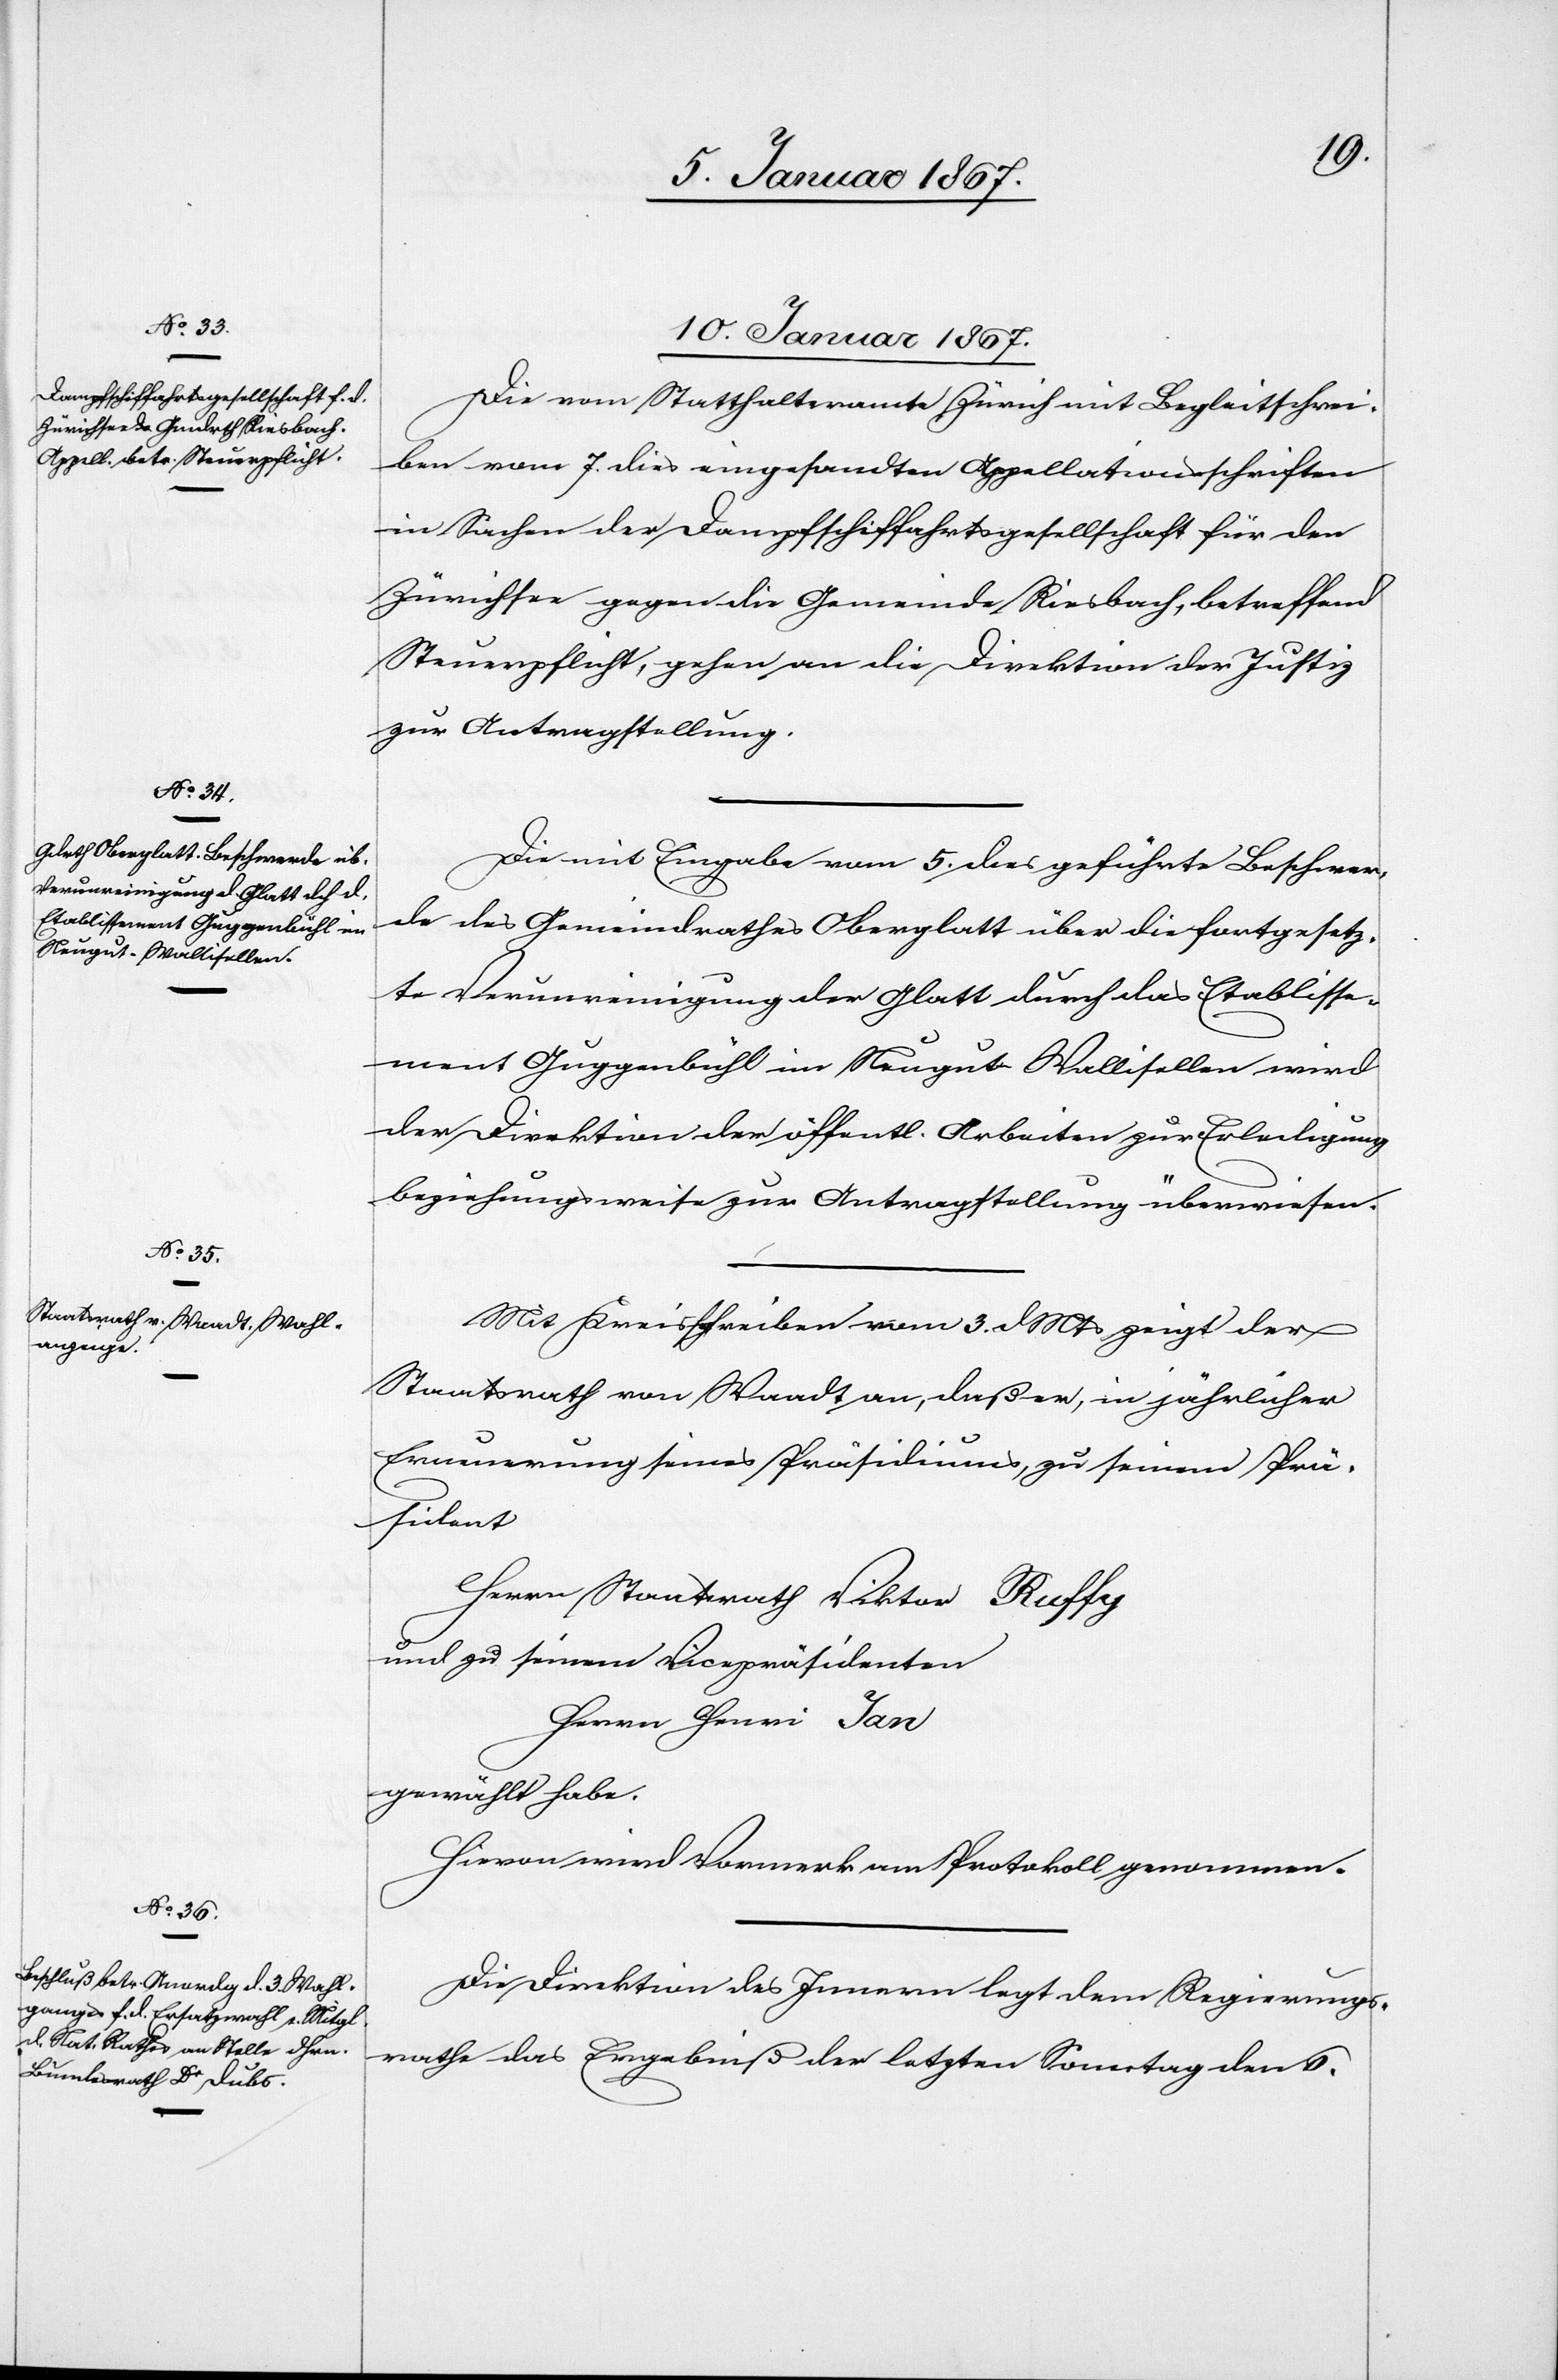
10. Januar 1867.]
Die von Statthalteramte Zürich mit Begleitschrei¬
ben vom 7. dies eingesandten Appellationsschriften
in Sachen der Dampfschiffahrtsgesellschaft für den
Zürichsee gegen die Gemeinde Riesbach, betreffend
Steuerpflicht, gehen an die Direktion der Justiz
zur Antragstellung.
Die mit Eingabe vom 5. dies geführte Beschwer¬
de des Gemeindrathes Oberglatt über die fortgesetz¬
te Verunreinigung der Glatt durch das Etablisse¬
ment Guggenbühl im Neugut - Wallisellen wird
der Direktion der öffentl. Arbeiten zur Erledigung
beziehungsweise zur Antragsstellung überwiesen.
Mit Kreisschreiben vom 3. d. Mts zeigt der
Staatsrath von Waadt an, daß er, in jährlicher
Erneuerung seines Präsidiums, zu seinem Prä¬
sident
Herrn Staatsrath Viktor Ruffy
und zu seinem Vicepräsidenten
Herr Henri Jan
gewählt habe.
Hievon wird Vormerk am Protokoll genommen.
Die Direktion des Innern legt dem Regierungs¬
rathe das Ergebniß der letzten Sonntag den 6.